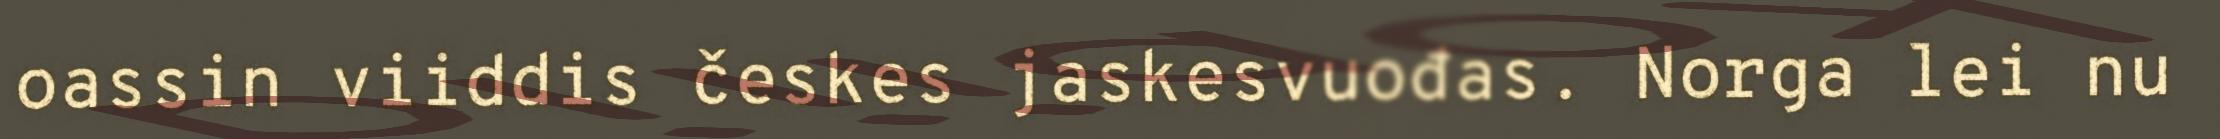
oassin viiddis českes jaskesvuođas. Norga lei nu